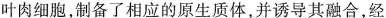
叶肉细胞，制备了相应的原生质体，并诱导其融合，经